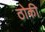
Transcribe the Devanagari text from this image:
ठोकी